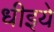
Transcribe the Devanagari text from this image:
धीइये